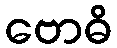
ဗောဓိ